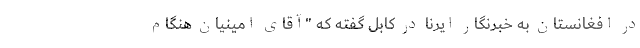
در افغانستان به خبرنگار ایرنا در کابل گفته که "آقای امینیان هنگام